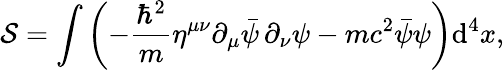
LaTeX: {\mathcal{S}}=\int\left(-{\frac{\hbar^{2}}{m}}\eta^{\mu\nu}\partial_{\mu}{\bar{\psi}}\, \partial_{\nu}\psi-mc^{2}{\bar{\psi}}\psi\right)\mathrm{d}^{4}x,